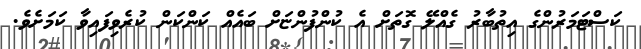
ކަސްޓަމަރުންގެ އިތުބާރު ގެއްލޭ ގޮތަށް އެ ކުންފުންޏަށް ބައެއް ކަންކަން ކުރެވިފައިވާ ކަމަށެވެ.